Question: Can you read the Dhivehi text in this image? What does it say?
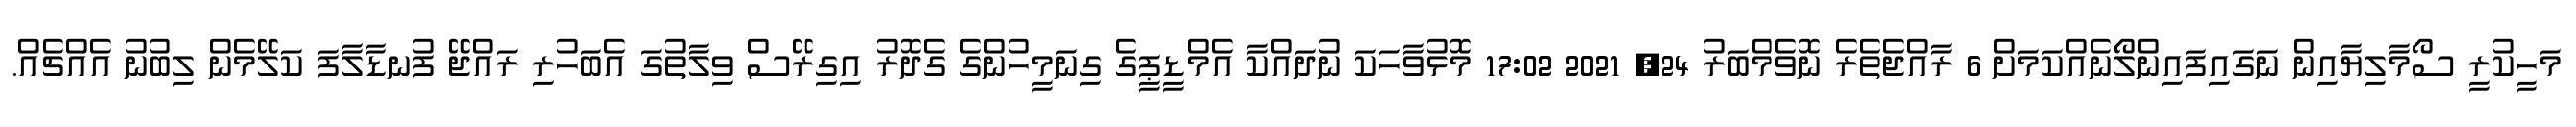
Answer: މަހީކުރީ ސޯމާލިޔާއިން ނަގައިފައިންލޯނެއްކަމަށް 6 ރާއްޖެތެރެ ނޮވެމްބަރު 24, 2021 17:02 މޮޅުވާހަކަ ނުދައްކާ އެމްޑީޕީގެ ގިނަމީހުންގެ ގެދޮރު އިގިރޭސް ވިލާތުގަ އެބަހުރި ރައްޖޭ ފުނޑާލާފަ ކަލޭމެން ލިބުނު އެއްޗެއް.